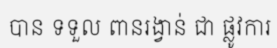
បាន ទទួល ពានរង្វាន់ ជា ផ្លូវការ